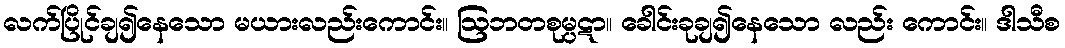
လက်ပြိုင်ချ၍နေသော မယားလည်းကောင်း။ ဩဘတစုမ္ပဋာ။ ခေါင်းခုချ၍နေသော လည်း ကောင်း။ ဒါသီစ